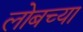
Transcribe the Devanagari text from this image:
लोबच्या